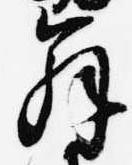
解